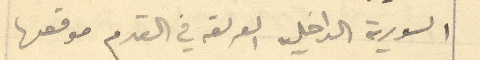
السورية الداخليه العريقه في القدم موقعها